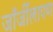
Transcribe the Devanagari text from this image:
जॉर्जीलापण